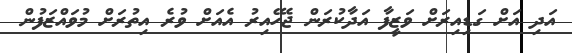
އަދި އަށް ގަޑިއިރަށް ވަޒީފާ އަދާކުރަން ޖެހޭއިރު އެއަށް ވުރެ އިތުރަށް މުވައްޒަފުން